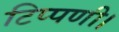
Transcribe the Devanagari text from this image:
टिप्पणी।